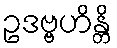
ဥဒဗ္ဗဟိန္တိ